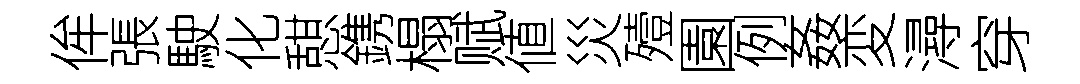
侔張駛化憇鎸榻赋値災殪園例姦変潯穿